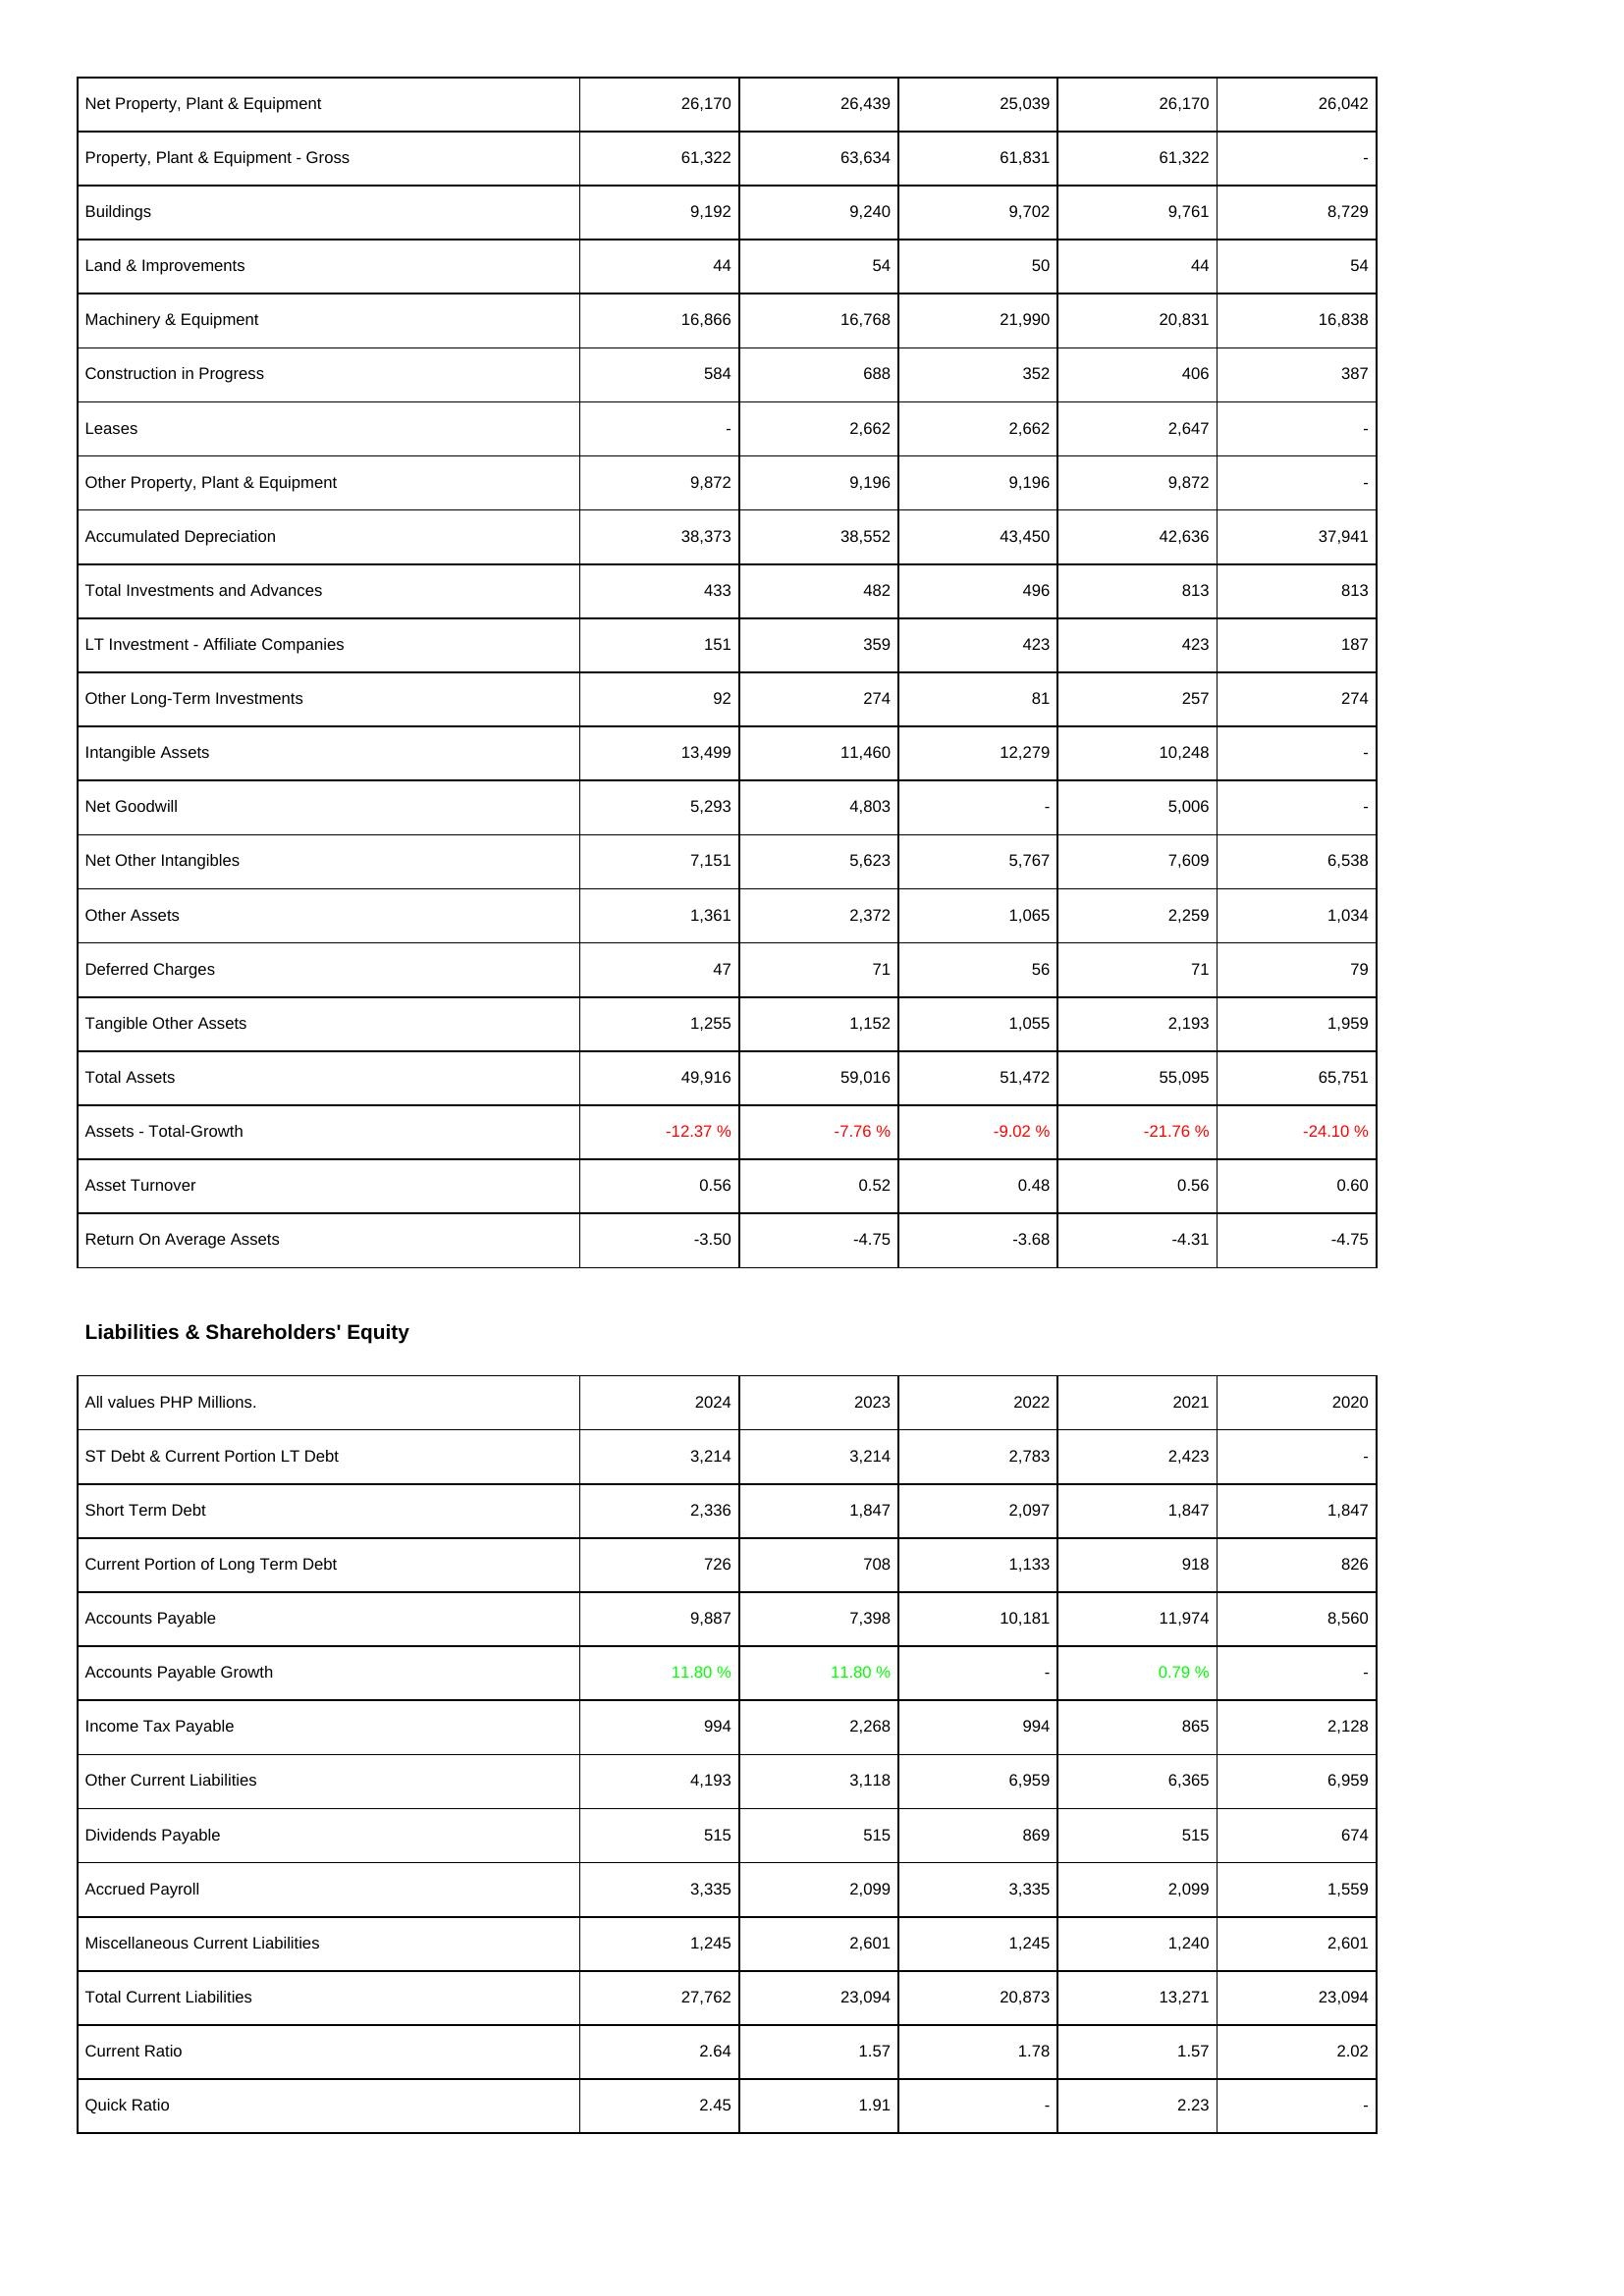
2024: Assets: Net Property, Plant & Equipment: 26,170
Property, Plant & Equipment - Gross: 61,322
Buildings: 9,192
Land & Improvements: 44
Machinery & Equipment: 16,866
Construction in Progress: 584
Leases: -
Other Property, Plant & Equipment: 9,872
Accumulated Depreciation: 38,373
Total Investments and Advances: 433
LT Investment - Affiliate Companies: 151
Other Long-Term Investments: 92
Intangible Assets: 13,499
Net Goodwill: 5,293
Net Other Intangibles: 7,151
Other Assets: 1,361
Deferred Charges: 47
Tangible Other Assets: 1,255
Total Assets: 49,916
Assets - Total-Growth: -12.37 %
Asset Turnover: 0.56
Return On Average Assets: -3.50
Liabilities & Shareholders' Equity: ST Debt & Current Portion LT Debt: 3,214
Short Term Debt: 2,336
Current Portion of Long Term Debt: 726
Accounts Payable: 9,887
Accounts Payable Growth: 11.80 %
Income Tax Payable: 994
Other Current Liabilities: 4,193
Dividends Payable: 515
Accrued Payroll: 3,335
Miscellaneous Current Liabilities: 1,245
Total Current Liabilities: 27,762
Current Ratio: 2.64
Quick Ratio: 2.45
2023: Assets: Net Property, Plant & Equipment: 26,439
Property, Plant & Equipment - Gross: 63,634
Buildings: 9,240
Land & Improvements: 54
Machinery & Equipment: 16,768
Construction in Progress: 688
Leases: 2,662
Other Property, Plant & Equipment: 9,196
Accumulated Depreciation: 38,552
Total Investments and Advances: 482
LT Investment - Affiliate Companies: 359
Other Long-Term Investments: 274
Intangible Assets: 11,460
Net Goodwill: 4,803
Net Other Intangibles: 5,623
Other Assets: 2,372
Deferred Charges: 71
Tangible Other Assets: 1,152
Total Assets: 59,016
Assets - Total-Growth: -7.76 %
Asset Turnover: 0.52
Return On Average Assets: -4.75
Liabilities & Shareholders' Equity: ST Debt & Current Portion LT Debt: 3,214
Short Term Debt: 1,847
Current Portion of Long Term Debt: 708
Accounts Payable: 7,398
Accounts Payable Growth: 11.80 %
Income Tax Payable: 2,268
Other Current Liabilities: 3,118
Dividends Payable: 515
Accrued Payroll: 2,099
Miscellaneous Current Liabilities: 2,601
Total Current Liabilities: 23,094
Current Ratio: 1.57
Quick Ratio: 1.91
2022: Assets: Net Property, Plant & Equipment: 25,039
Property, Plant & Equipment - Gross: 61,831
Buildings: 9,702
Land & Improvements: 50
Machinery & Equipment: 21,990
Construction in Progress: 352
Leases: 2,662
Other Property, Plant & Equipment: 9,196
Accumulated Depreciation: 43,450
Total Investments and Advances: 496
LT Investment - Affiliate Companies: 423
Other Long-Term Investments: 81
Intangible Assets: 12,279
Net Goodwill: -
Net Other Intangibles: 5,767
Other Assets: 1,065
Deferred Charges: 56
Tangible Other Assets: 1,055
Total Assets: 51,472
Assets - Total-Growth: -9.02 %
Asset Turnover: 0.48
Return On Average Assets: -3.68
Liabilities & Shareholders' Equity: ST Debt & Current Portion LT Debt: 2,783
Short Term Debt: 2,097
Current Portion of Long Term Debt: 1,133
Accounts Payable: 10,181
Accounts Payable Growth: -
Income Tax Payable: 994
Other Current Liabilities: 6,959
Dividends Payable: 869
Accrued Payroll: 3,335
Miscellaneous Current Liabilities: 1,245
Total Current Liabilities: 20,873
Current Ratio: 1.78
Quick Ratio: -
2021: Assets: Net Property, Plant & Equipment: 26,170
Property, Plant & Equipment - Gross: 61,322
Buildings: 9,761
Land & Improvements: 44
Machinery & Equipment: 20,831
Construction in Progress: 406
Leases: 2,647
Other Property, Plant & Equipment: 9,872
Accumulated Depreciation: 42,636
Total Investments and Advances: 813
LT Investment - Affiliate Companies: 423
Other Long-Term Investments: 257
Intangible Assets: 10,248
Net Goodwill: 5,006
Net Other Intangibles: 7,609
Other Assets: 2,259
Deferred Charges: 71
Tangible Other Assets: 2,193
Total Assets: 55,095
Assets - Total-Growth: -21.76 %
Asset Turnover: 0.56
Return On Average Assets: -4.31
Liabilities & Shareholders' Equity: ST Debt & Current Portion LT Debt: 2,423
Short Term Debt: 1,847
Current Portion of Long Term Debt: 918
Accounts Payable: 11,974
Accounts Payable Growth: 0.79 %
Income Tax Payable: 865
Other Current Liabilities: 6,365
Dividends Payable: 515
Accrued Payroll: 2,099
Miscellaneous Current Liabilities: 1,240
Total Current Liabilities: 13,271
Current Ratio: 1.57
Quick Ratio: 2.23
2020: Assets: Net Property, Plant & Equipment: 26,042
Property, Plant & Equipment - Gross: -
Buildings: 8,729
Land & Improvements: 54
Machinery & Equipment: 16,838
Construction in Progress: 387
Leases: -
Other Property, Plant & Equipment: -
Accumulated Depreciation: 37,941
Total Investments and Advances: 813
LT Investment - Affiliate Companies: 187
Other Long-Term Investments: 274
Intangible Assets: -
Net Goodwill: -
Net Other Intangibles: 6,538
Other Assets: 1,034
Deferred Charges: 79
Tangible Other Assets: 1,959
Total Assets: 65,751
Assets - Total-Growth: -24.10 %
Asset Turnover: 0.60
Return On Average Assets: -4.75
Liabilities & Shareholders' Equity: ST Debt & Current Portion LT Debt: -
Short Term Debt: 1,847
Current Portion of Long Term Debt: 826
Accounts Payable: 8,560
Accounts Payable Growth: -
Income Tax Payable: 2,128
Other Current Liabilities: 6,959
Dividends Payable: 674
Accrued Payroll: 1,559
Miscellaneous Current Liabilities: 2,601
Total Current Liabilities: 23,094
Current Ratio: 2.02
Quick Ratio: -